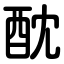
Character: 酖